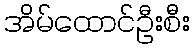
အိမ်ထောင်ဦးစီး